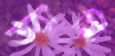
অ্যামি